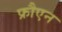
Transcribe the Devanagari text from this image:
फ्रौएन